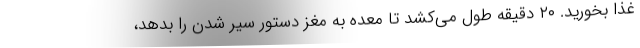
غذا بخورید. ۲۰ دقیقه طول می‌کشد تا معده به مغز دستور سیر شدن را بدهد،